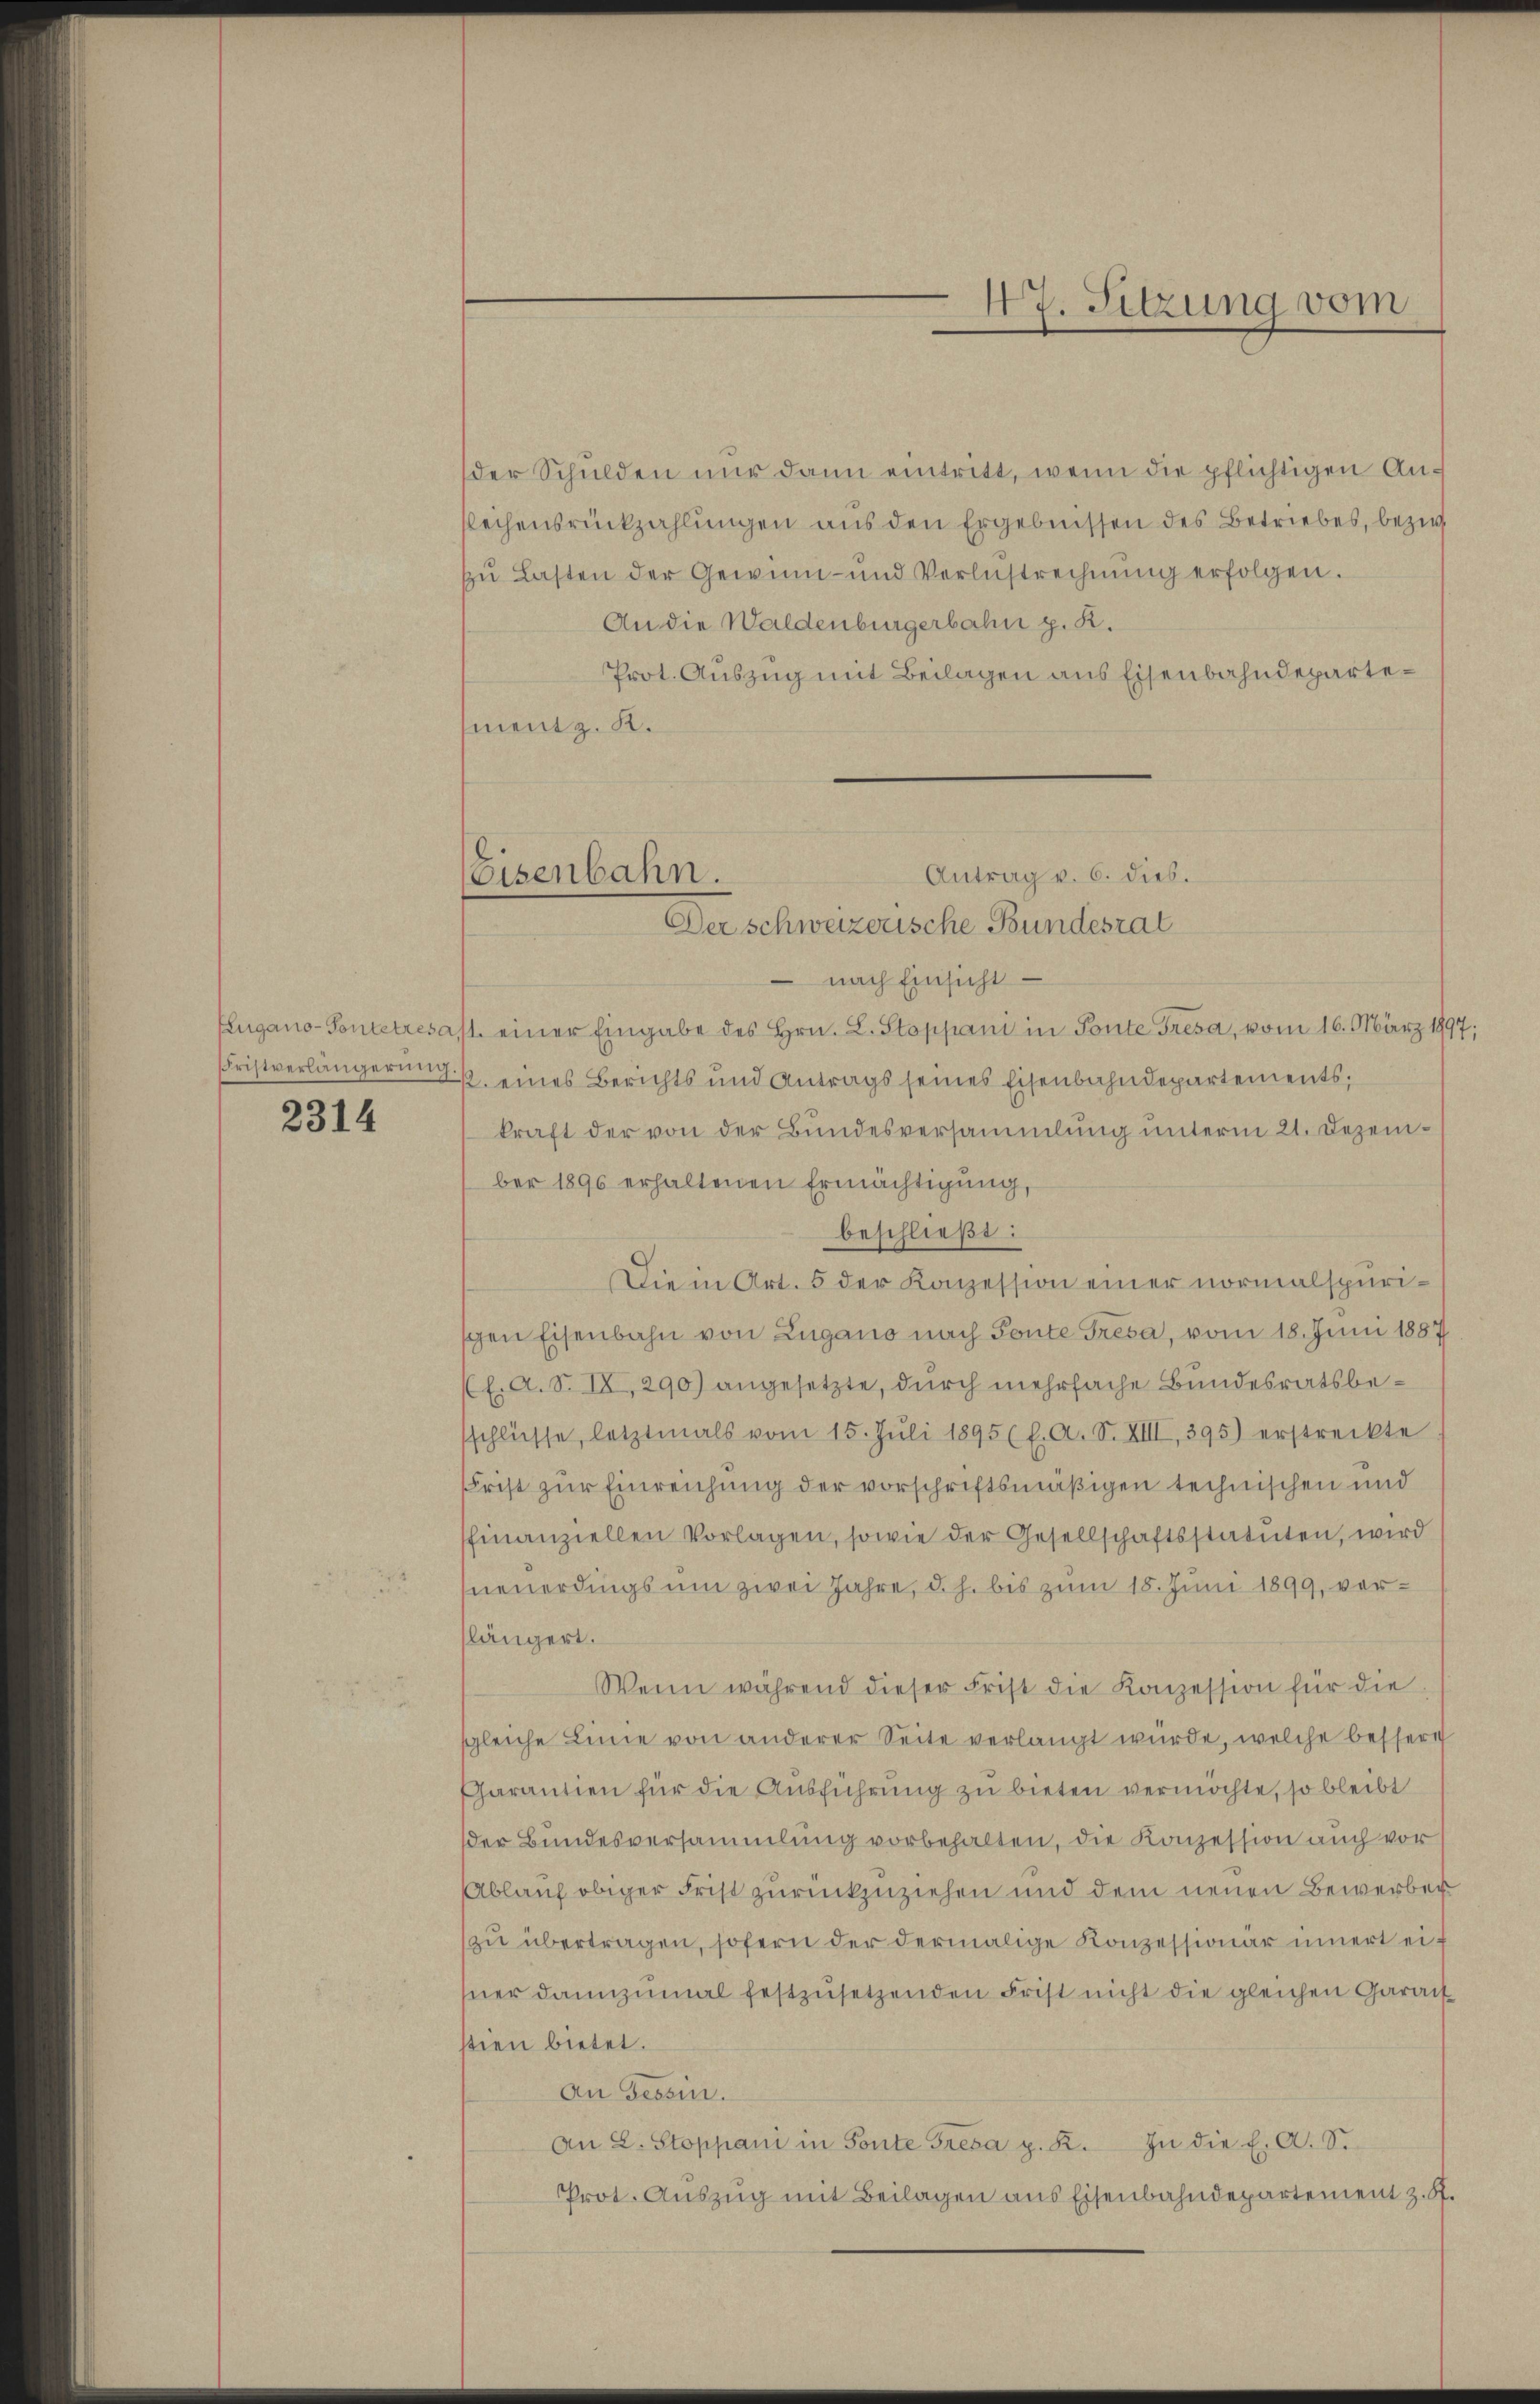
2314

Antrag v. 6. dies.
 nach Einsicht
Eugano - Pontetresast einer Eingabe des Hrn. L. Stoppani in Ponte Gresa, vom 16. März 1997;
Fristverlängerung eines Berichts und Antrags seines Eisenbahndepartements,
kraft der von der Bundesversammlung unterm 21. Dezember 1896 erhaltenen Ermächtigŭng,
beschließt:
Die in Art. 5 der Konzession einer normalspurischen Eisenbahn von Lugano nach Fonte Tresa, vom 18. Juni 1887
E. A. S. IX, 290) angesetzte, durch mehrfache Bundesratsbesschlüsse, letztmals vom 15. Jŭli 1895 (l. A. S. XIII, 395) erstreckte
Frist zur Einreichung der vorschriftsmäßigen technischen und
finanziellen Vorlagen, sowie der Gesellschaftsstatuten, wird
neuerdings um zwei Jahre, d. h. bis zum 18. Juni 1899, vorlängert.
Wenn während dieser Frist die Konzession für die
sgleiche Linie von anderer Seite verlangt würde, welche bessere
Charantien für die Ausführung zu bieten vermöchte, so bleibt
der Bundesversammlung vorbehalten, die Konzession auch vor
Ablauf obiger Frist zurückzuziehen und dem neuen Bewerben
zu übertragen, sofern der dermalige Konzessionär innert eif
sner dannzumal festzŭsetzenden Frist nicht die gleichen Garant
stien bietet.
An Tessin.
An L. Stoppani in Fonte Fresa p. 2. In die E. A. S.
Prot. Auszug mit Beilagen aus Eisenbahndepartement z. B.

der Schulden nur dann eintritt, wenn die pflichtigen An¬
Rechensrückzahlungen aus den Ergebnissen des Betriebes, bezw.
zŭ Lasten der Gewinn- und Verlustrechnŭng erfolgen.
An die Waldenburgerbahn p. K.
Prot. Auszug mit Beilagen aus Eisenbahndepartement z. K.

Eisenbahn.
Der schweizerische Bundesrat

47. Sitzung vom